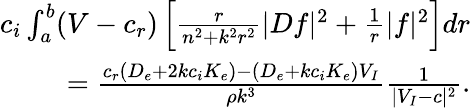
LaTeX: \begin{array}{r}{c_{i}\int_{a}^{b}(V-c_{r})\left[\frac{r}{n^{2}+k^{2}r^{2}}|Df|^{2}+\frac{1}{r}|f|^{2}\right]dr}\\ {=\frac{c_{r}(D_{e}+2kc_{i}K_{e})-(D_{e}+kc_{i}K_{e})V_{I}}{\rho k^{3}}\frac{1}{|V_{I}-c|^{2}}.}\end{array}